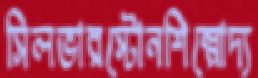
সিলভারস্টোনশিল্পোদ্য